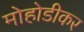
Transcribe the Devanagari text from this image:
मोहोडीकर